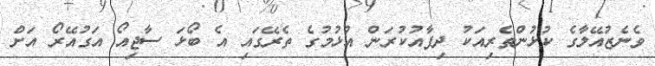
ވެނެޒުއޭލާގެ ކުޅުންތެރިއަކު ދިފާއުކުރަން އުޅުމުގެ ތެރޭގައި އެ ބޯޅަ ސާޖިއޯ އަގުއޭރޯ އަށް